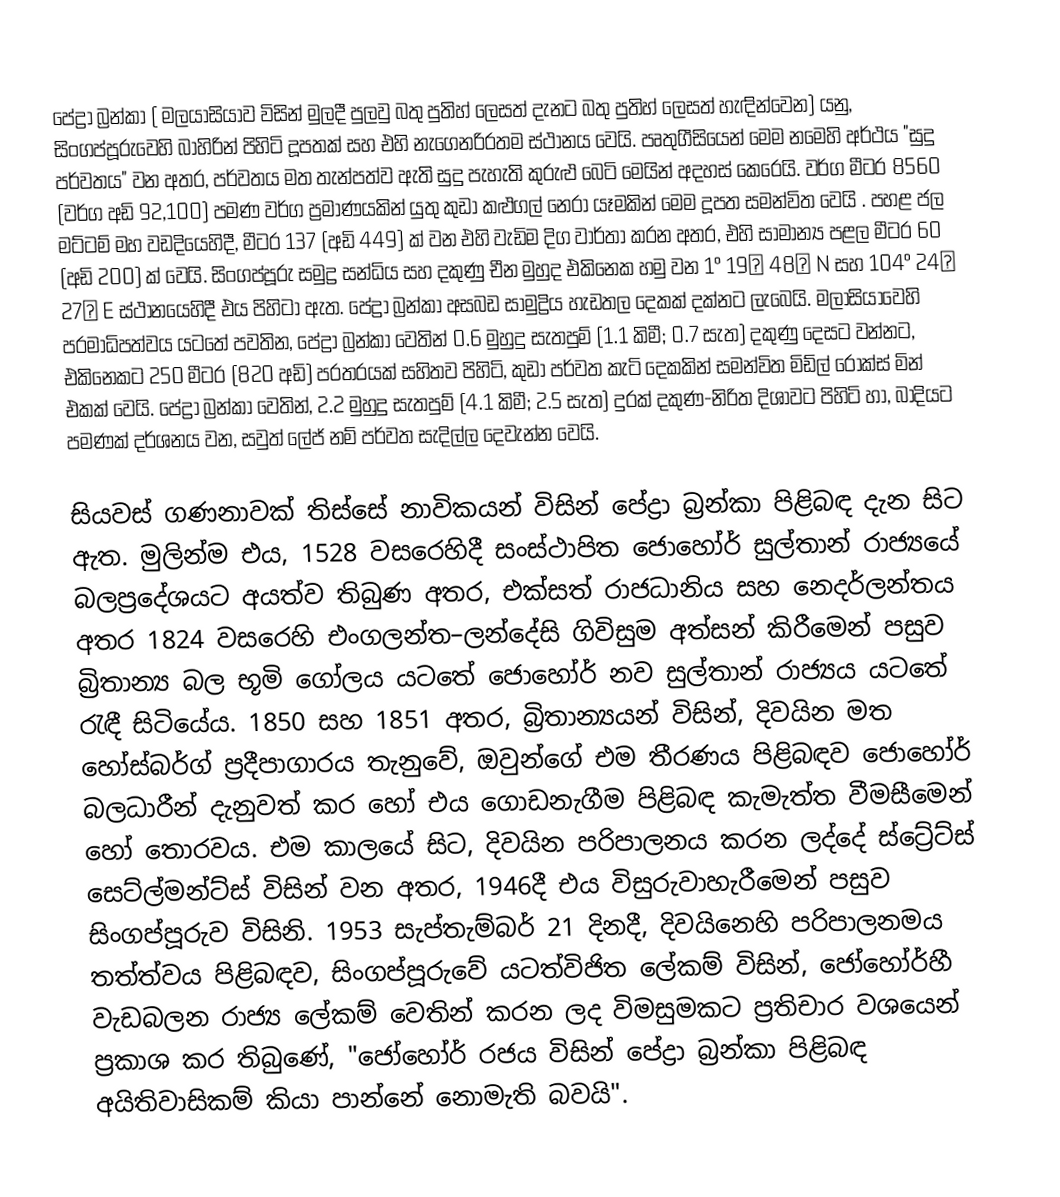
පේද්‍රා බ්‍රන්කා ( මලයාසියාව විසින් මුලදී පුලවු බතු පුතිහ් ලෙසත් දැනට බතු පුතිහ් ලෙසත් හැඳින්වෙන) යනු,  සිංගප්පූරුවෙහි බාහිරින් පිහිටි දූපතක් සහ එහි නැගෙනරිරතම ස්ථානය වෙයි. පෘතුගීසියෙන් මෙම නමෙහි අර්ථය  "සුදු පර්වතය" වන අතර, පර්වතය මත තැන්පත්ව ඇති සුදු පැහැති කුරුළු බෙටි මෙයින් අදහස් කෙරෙයි. වර්ග මීටර 8560 (වර්ග අඩි 92,100) පමණ වර්ග ප්‍රමාණයකින් යුතු කුඩා කළුගල් නෙරා යෑමකින්  මෙම දූපත සමන්විත වෙයි . පහළ ජල මට්ටම් මහ වඩදියෙහිදී, මීටර 137 (අඩි 449) ක් වන එහි වැඩිම දිග වාර්තා කරන අතර, එහි සාමාන්‍ය පළල මීටර 60 (අඩි 200) ක් වෙයි. සිංගප්පූරු සමුද්‍ර සන්ධිය සහ  දකුණු චීන  මුහුද එකිනෙක හමු වන 1° 19′ 48″ N සහ 104° 24′ 27″ E ස්ථානයෙහිදී එය පිහිටා ඇත. පේද්‍රා බ්‍රන්කා අසබඩ සාමුද්‍රිය හැඩතල දෙකක් දක්නට ලැබෙයි. මලාසියාවෙහි පරමාධිපත්වය යටතේ පවතින, පේද්‍රා බ්‍රන්කා වෙතින් 0.6 මුහුදු සැතපුම් (1.1 කිමී; 0.7 සැත) දකුණු දෙසට වන්නට,  එකිනෙකට 250 මීටර (820 අඩි) පරතරයක් සහිතව පිහිටි, කුඩා පර්වත කැටි දෙකකින් සමන්විත මිඩ්ල් රොක්ස් මින් එකක් වෙයි. පේද්‍රා බ්‍රන්කා වෙතින්,  2.2 මුහුදු සැතපුම් (4.1 කිමී; 2.5 සැත) දුරක් දකුණ-නිරිත දිශාවට  පිහිටි හා,  බාදියට පමණක් දර්ශනය වන, සවුත් ලේජ්  නම් පර්වත සැදිල්ල දෙවැන්න වෙයි.

සියවස් ගණනාවක් තිස්සේ නාවිකයන් විසින් පේද්‍රා බ්‍රන්කා පිළිබඳ දැන සිට ඇත. මුලින්ම එය, 1528 වසරෙහිදී සංස්ථාපිත  ජොහෝර් සුල්තාන් රාජ්‍යයේ බලප්‍රදේශයට අයත්ව තිබුණ අතර,  එක්සත් රාජධානිය සහ නෙදර්ලන්තය අතර 1824 වසරෙහි එංගලන්ත–ලන්දේසි ගිවිසුම අත්සන් කිරීමෙන් පසුව බ්‍රිතාන්‍ය  බල භූමි ගෝලය යටතේ ජොහෝර් නව සුල්තාන් රාජ්‍යය යටතේ රැඳී සිටියේය. 1850 සහ 1851 අතර, බ්‍රිතාන්‍යයන් විසින්, දිවයින මත හෝස්බර්ග් ප්‍රදීපාගාරය තැනුවේ, ඔවුන්ගේ එම තීරණය පිළිබඳව ජොහෝර් බලධාරීන් දැනුවත් කර හෝ එය ගොඩනැගීම පිළිබඳ කැමැත්ත වීමසීමෙන් හෝ තොරවය. එම කාලයේ සිට, දිවයින පරිපාලනය කරන ලද්දේ ස්ට්‍රේට්ස් සෙට්ල්මන්ට්ස් විසින් වන අතර, 1946දී එය විසුරුවාහැරීමෙන් පසුව සිංගප්පූරුව විසිනි. 1953 සැප්තැම්බර් 21 දිනදී, දිවයිනෙහි පරිපාලනමය තත්ත්වය පිළිබඳව,  සිංගප්පූරුවේ යටත්විජිත ලේකම් විසින්,  ජෝහෝර්හී වැඩබලන රාජ්‍ය ලේකම් වෙතින් කරන ලද විමසුමකට ප්‍රතිචාර වශයෙන් ප්‍රකාශ කර තිබුණේ, "ජෝහෝර් රජය විසින් පේද්‍රා බ්‍රන්කා පිළිබඳ අයිතිවාසිකම් කියා පාන්නේ නොමැති බවයි".